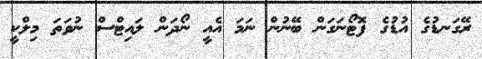
ރޭގަނޑުގެ އުޑުގެ ފޮޓޯނަގަން ބޭނުން ނަމަ އެއީ ނޯދަން ލައިޓްސް ނުވަތަ މިލްކީ